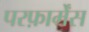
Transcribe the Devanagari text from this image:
परफ़ार्मेंस